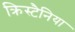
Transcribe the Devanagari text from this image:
क्रिस्टैनिया